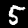
Label: 5